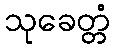
သုခေတ္တံ